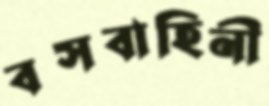
বসবাহিনী